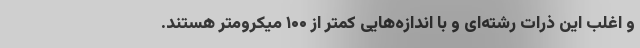
و اغلب این ذرات رشته‌ای و با اندازه‌هایی کمتر از ۱۰۰ میکرومتر هستند.